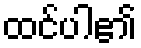
ထင်ပါ၏